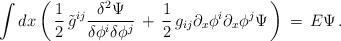
LaTeX: \begin{align*}\int dx \left(\, {1\over 2}\, \tilde{g}^{ij}{\delta^2 \Psi \over \delta \phi^i \delta \phi^j}\, +\, {1\over 2}\, g_{ij} \partial_x \phi^i \partial_x \phi^j\Psi \, \right)\, =\, E \Psi\, .\end{align*}